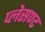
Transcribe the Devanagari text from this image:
प्लेसण्ट